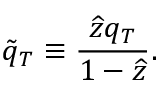
\tilde { q } _ { T } \equiv \frac { \widehat { z } q _ { T } } { 1 - \widehat { z } } .